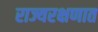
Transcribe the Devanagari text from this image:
राज्यरक्षणात